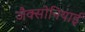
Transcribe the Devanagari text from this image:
जैक्सोनियाई